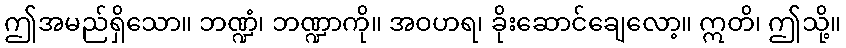
ဤအမည်ရှိသော။ ဘဏ္ဍံ၊ ဘဏ္ဍာကို။ အဝဟရ၊ ခိုးဆောင်ချေလော့။ ဣတိ၊ ဤသို့။